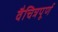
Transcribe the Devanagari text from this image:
वैचित्रपूर्ण